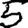
Digit: 5